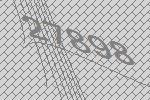
27898